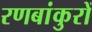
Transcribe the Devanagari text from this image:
रणबांकुरों